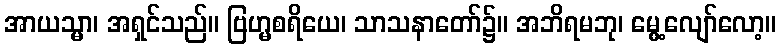
အာယသ္မာ၊ အရှင်သည်။ ဗြဟ္မစရိယေ၊ သာသနာတော်၌။ အဘိရမဘု၊ မွေ့လျော်လော့။